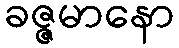
ခဇ္ဇမာနော